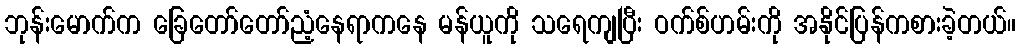
ဘုန်းမောက်က ခြေတော်တော်ညံ့နေရာကနေ မန်ယူကို သရေကျပြီး ဝက်စ်ဟမ်းကို အနိုင်ပြန်ကစားခဲ့တယ်။